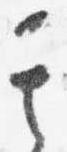
其